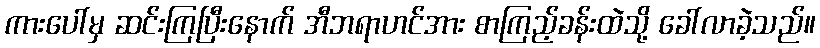
ကားပေါ်မှ ဆင်းကြပြီးနောက် အီဘရာဟင်အား စာကြည့်ခန်းထဲသို့ ခေါ်လာခဲ့သည်။